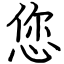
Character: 您